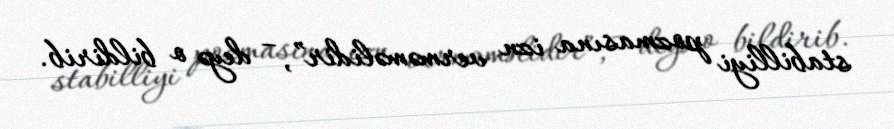
stabilliyi pozmasına izn verməməlidir”, – deyə o bildirib.